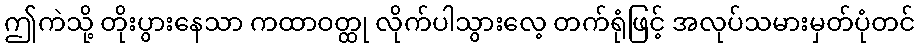
ဤကဲသို့ တိုးပွားနေသာ ကထာဝတ္ထု လိုက်ပါသွားလေ့ တက်ရုံဖြင့် အလုပ်သမားမှတ်ပုံတင်